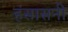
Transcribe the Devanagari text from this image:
हंसासनी